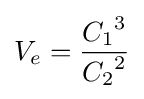
V_{e}={\frac {{C_{1}}^{3}}{{C_{2}}^{2}}}